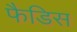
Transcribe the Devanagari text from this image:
फैडिस